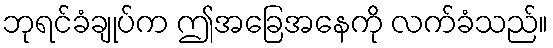
ဘုရင်ခံချုပ်က ဤအခြေအနေကို လက်ခံသည်။